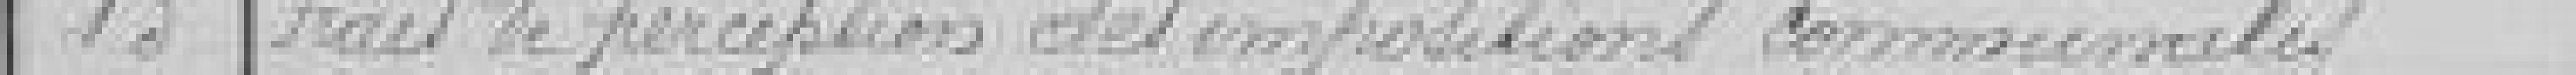
13 Frais de perception des impositions communales